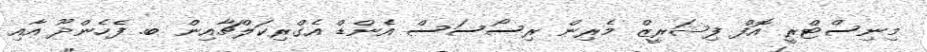
މިނިސްޓްރީ އޮފް ފިޝަރީޒް މެރިން ރިސޯސަސް އެންޑް އެގްރިކަލްޗާއިން ބ. ފެހެންދޫ އާއި